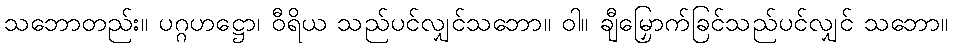
သဘောတည်း။ ပဂ္ဂဟဋ္ဌော၊ ဝီရိယ သည်ပင်လျှင်သဘော။ ဝါ။ ချီမြှောက်ခြင်သည်ပင်လျှင် သဘော။